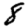
Digit: 8